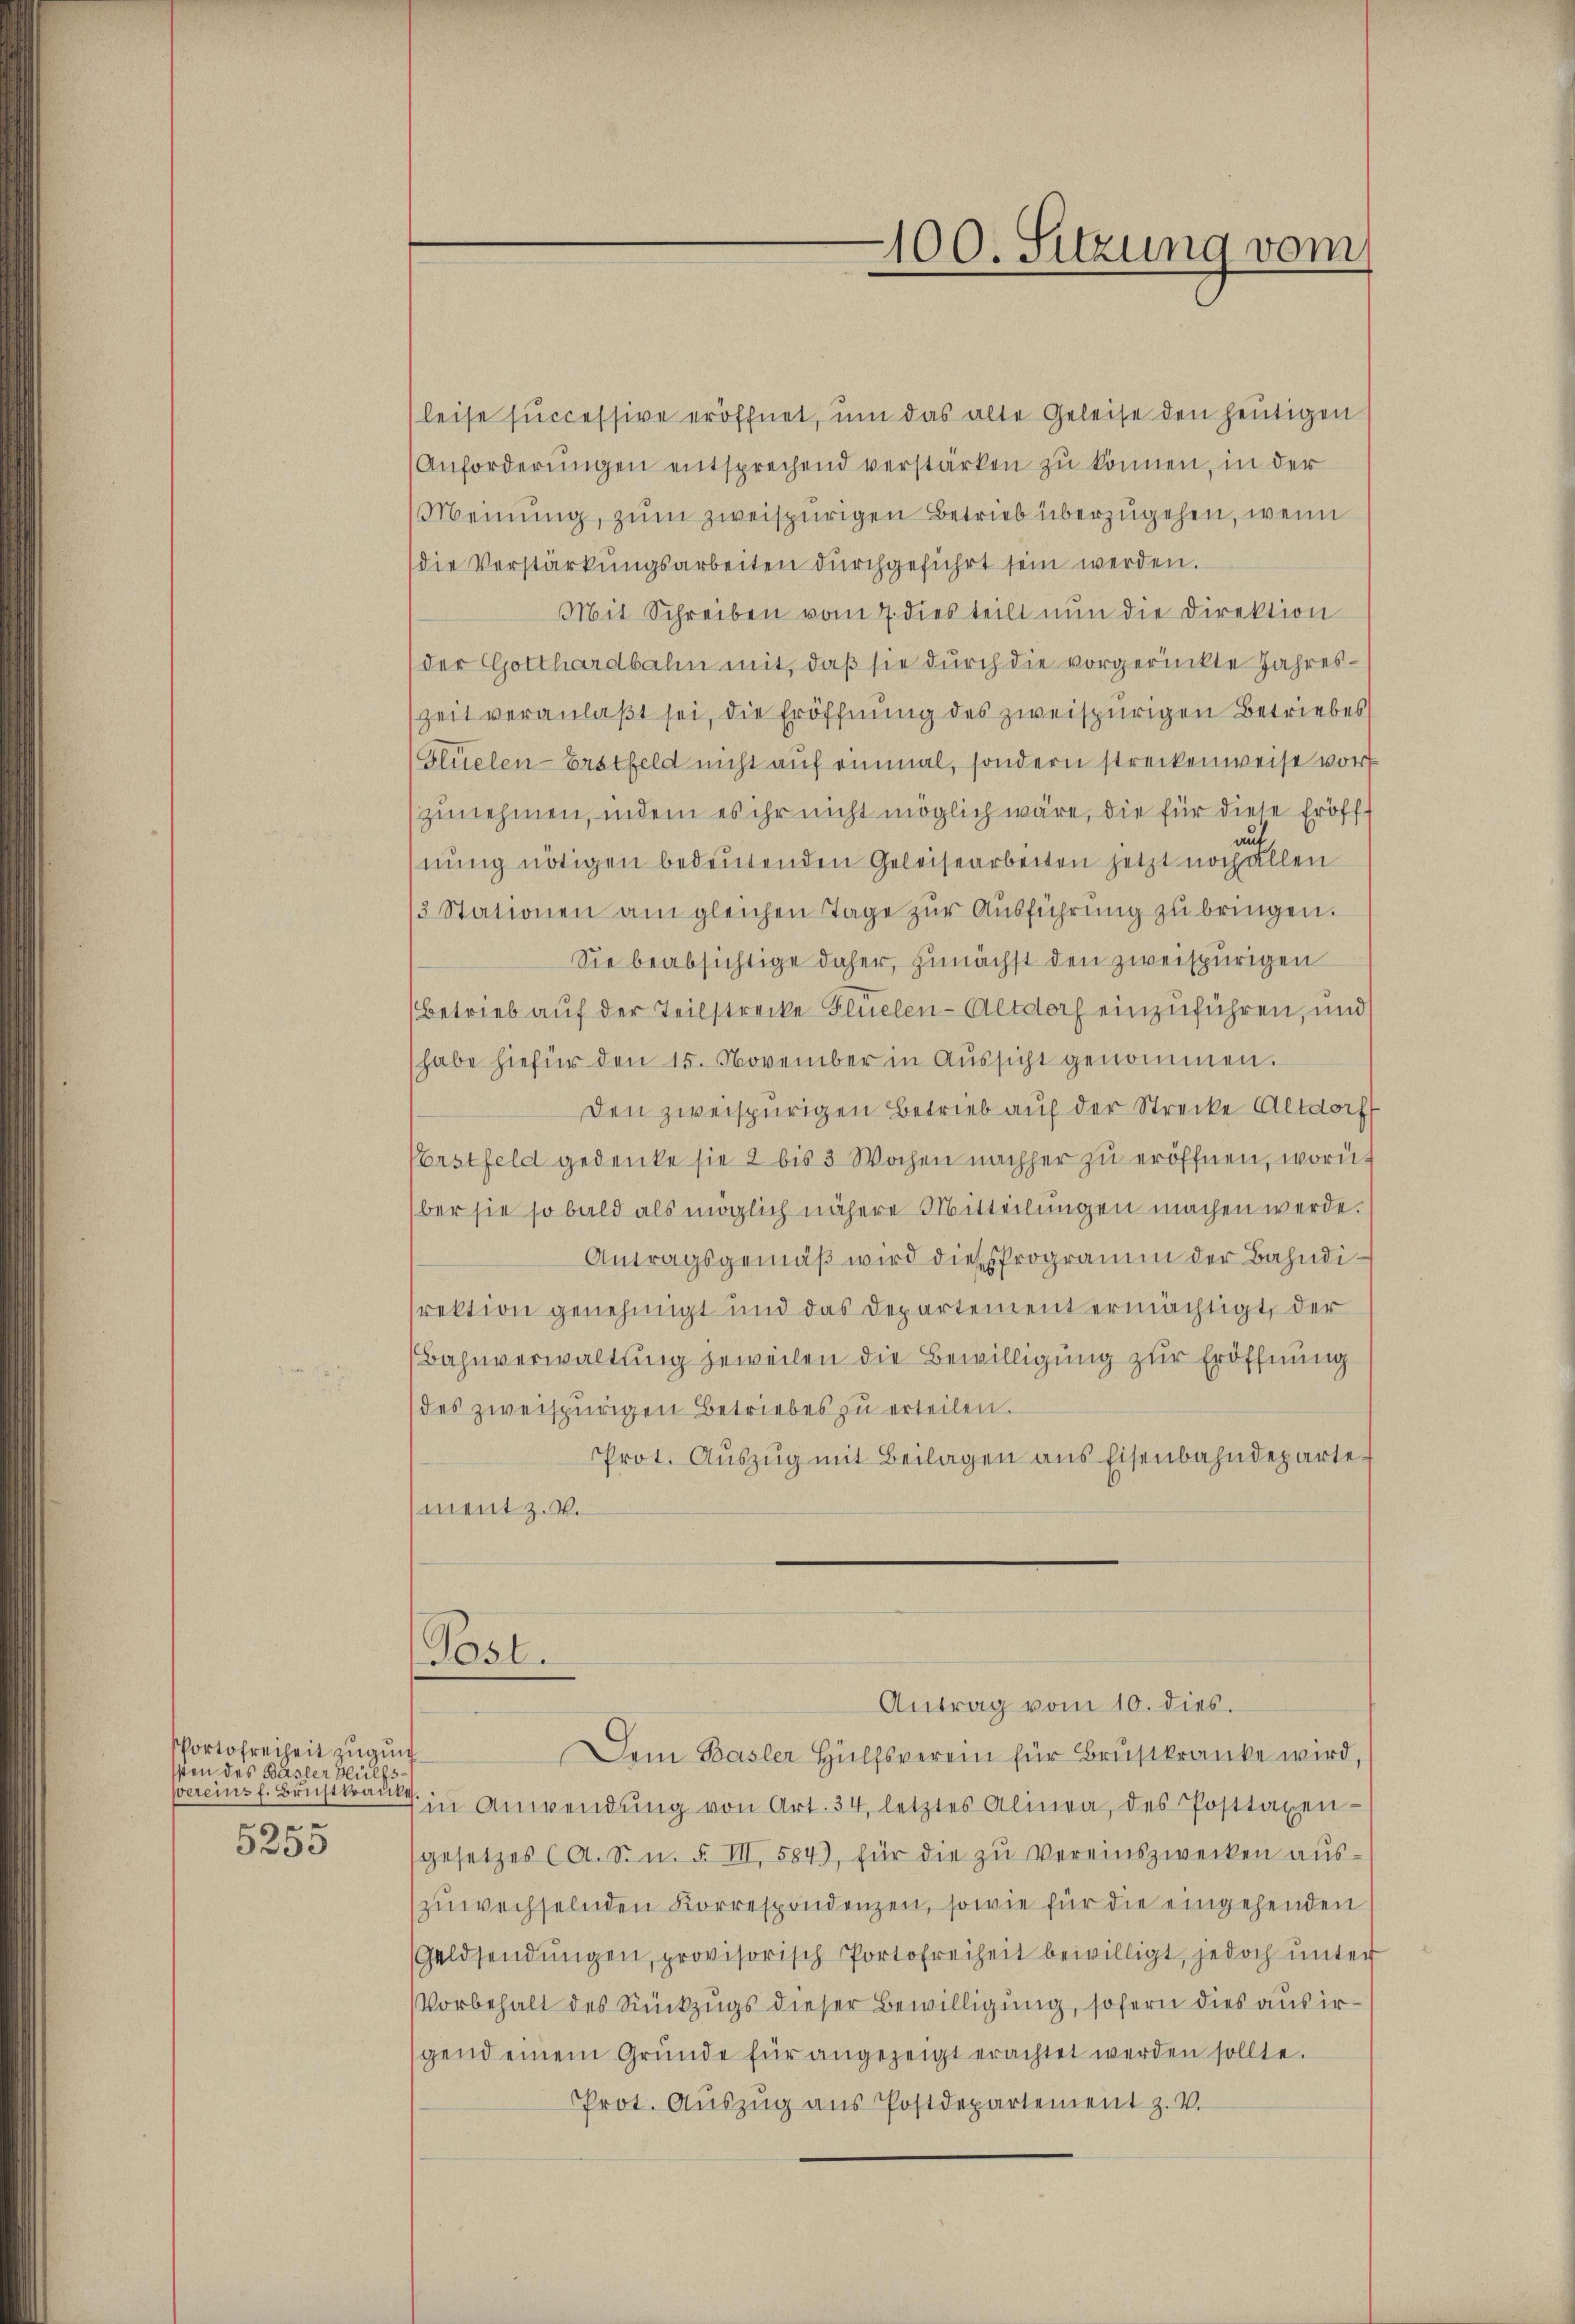
Portofreiheit zugun
sten des Basler Hülfsvereins f. Brustkranke
.
5253

Post.

100. Sitzung vom

leise successive eröffnet, um das alte Geleise den heutigen
Anforderŭngen entsprechend verstärken zu können, in der
Meinung, zŭm zweispurigen Betrieb überzugehen, wenn
(die Verstärkungsarbeiten durchgeführt sein werden.
Mit Schreiben vom 7. dies teilt nŭn die Direktion
der Gotthardbahn mit, daß sie durch die vorgerückte Jahreszeit veranlaßt sei, die Eröffnung des zweispurigen Betriebes
Hlüelen-Erstfeld nicht aŭf einmal, sondern streckenweise vor
zunehmen, indem es ihr nicht möglich wäre, die für diese Eröffauf
nŭng nötigen bedeŭtenden Geleisearbeiten jetzt noch allen
3 Stationen am gleichen Tage zŭr Aŭsführŭng zŭ bringen.
Sie beabsichtige daher, zunächst den zweispurigen
(Betrieb auf der Teilstrecke Flüelen-Altdorf einzuführen, und
habe hiefür den 15. November in Aŭssicht genommen.
Den zweispurigen Betrieb auf der Strecke Altdorf
Vorstfeld gedenke sie 2 bis 3 Wochen nachher zu eröffnen, worüber sie so bald als möglich nähere Mitteilungen machen werde.
Antragsgemäß wird dieses Programm der Bahndirektion genehmigt und das Departement ermächtigt, der
Bahnverwaltung jeweilen die Bewilligung zur Eröffnung
des zweispurigen Betriebes zu erteilen.
Prot. Aŭszŭg mit Beilagen aus Eisenbahndepartement z. V.

Antrag vom 10. dies.

Dein Basler Hülfsverein für Brustkranke wird
7 in Anwendŭng von Art. 34, letztes Alinea, des Posttaxen-
gesetzes (A. S. n. F. VII, 584, für die zŭ vereinszwecken aŭs-
zuwechselnden Korrespondenzen, sowie für die eingehenden
Geldsendŭngen, provisorisch Portofreiheit bewilligt, jedoch ŭnter
Vorbehalt des Rückzugs dieser Bewilligung, sofern dies aus irgend einem Gründe für angezeigt erachtet werden sollte.
Prot. Aŭszŭg aŭs Postdepartement z. V.